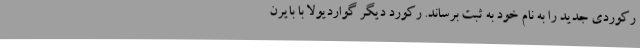
رکوردی جدید را به نام خود به ثبت برساند. رکورد دیگر گواردیولا با بایرن